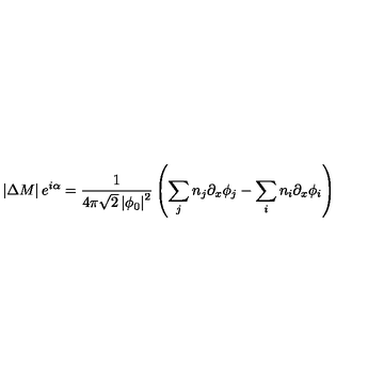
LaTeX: \left| \Delta M \right| e ^ { i \alpha } = \frac { 1 } { 4 \pi \sqrt { 2 } \left| \phi _ { 0 } \right| ^ { 2 } } \left( \sum _ { j } n _ { j } \partial _ { x } \phi _ { j } - \sum _ { i } n _ { i } \partial _ { x } \phi _ { i } \right)